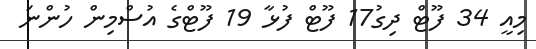
މިއީ 34 ފޫޓް ދިގު17 ފޫޓް ފުޅާ 19 ފޫޓްގެ އުސްމިން ހުންނަ